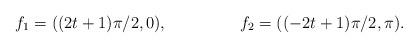
LaTeX: \begin{align*}f_1 &= ((2t + 1)\pi/2, 0), &f_2 &= ((-2t + 1)\pi /2, \pi).\end{align*}